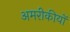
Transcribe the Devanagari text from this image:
अमरीकीयों